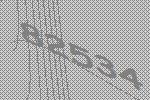
82534